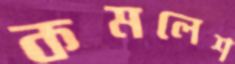
কমলেশ